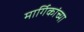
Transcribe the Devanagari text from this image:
मार्गिकांच्या